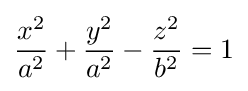
{x^{2} \over a^{2}}+{y^{2} \over a^{2}}-{z^{2} \over b^{2}}=1